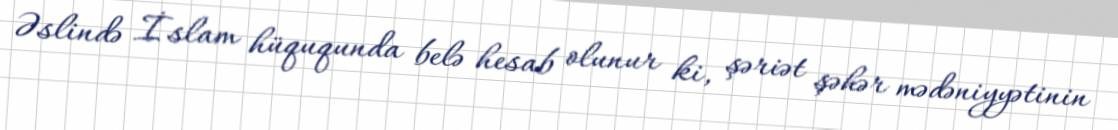
Əslində İslam hüququnda belə hesab olunur ki, şəriət şəhər mədəniyyətinin